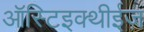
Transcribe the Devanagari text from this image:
ऑस्टिइक्थीईज़